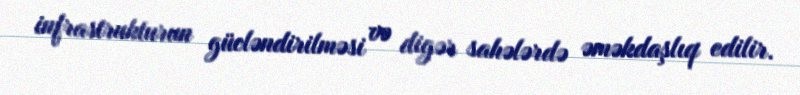
infrastrukturun gücləndirilməsi və digər sahələrdə əməkdaşlıq edilir.